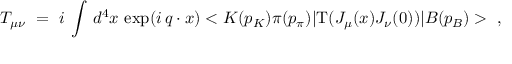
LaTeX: T _ { \mu \nu } ~ = ~ i \, \int \, d ^ { 4 } x \, \exp ( i \, q \cdot x ) < K ( p _ { K } ) \pi ( p _ { \pi } ) | \mathrm { T } ( J _ { \mu } ( x ) J _ { \nu } ( 0 ) ) | B ( p _ { B } ) > ~ ,